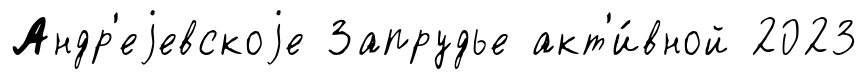
Андр'еjевскоjе Запрудье акт'и́вной 2023